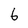
Character: 6